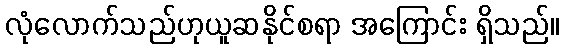
လုံလောက်သည်ဟုယူဆနိုင်စရာ အကြောင်း ရှိသည်။